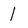
Character: 1